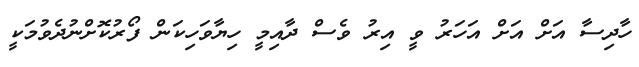
ހާދިސާ އަށް އަށް އަހަރު ވީ އިރު ވެސް ދާއިމީ ހިޔާވަހިކަން ފޯރުކޮށްނުދެވުމަކީ